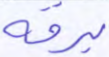
برقه